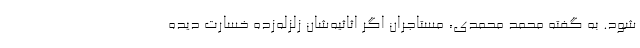
شود. به گفته محمد محمدی، مستاجران اگر اثاثیه‌شان زلزله‌زده خسارت دیده